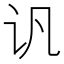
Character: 𲂂